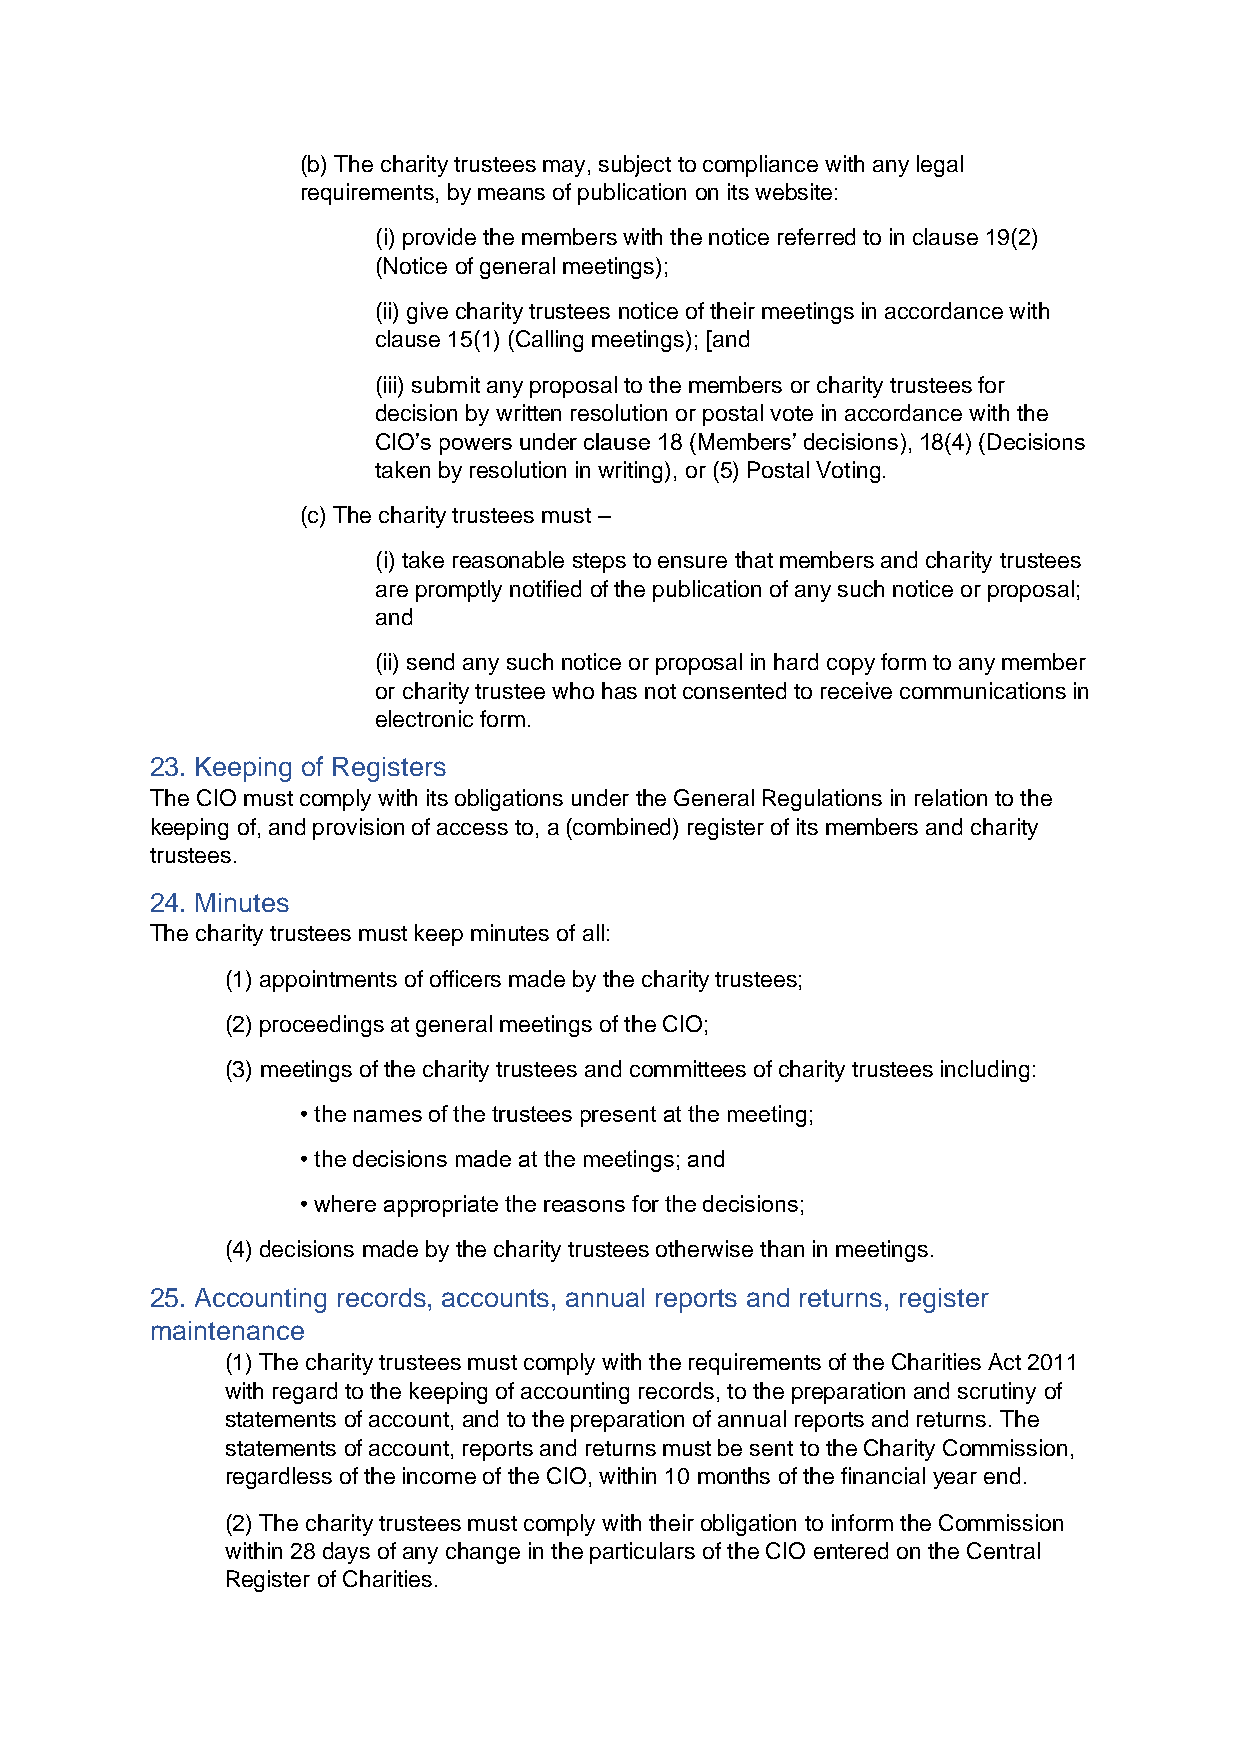
(b) The charity trustees may, subject to compliance with any legal
 requirements, by means of publication on its website:
 (i) provide the members with the notice referred to in clause 19(2)
 (Notice of general meetings);
 (ii) give charity trustees notice of their meetings in accordance with
 clause 15(1) (Calling meetings); [and
 (iii) submit any proposal to the members or charity trustees for
 decision by written resolution or postal vote in accordance with the
 CIO’s powers under clause 18 (Members’ decisions), 18(4) (Decisions
 taken by resolution in writing), or (5) Postal Voting.
 (c) The charity trustees must –
 (i) take reasonable steps to ensure that members and charity trustees
 are promptly notified of the publication of any such notice or proposal;
 and
 (ii) send any such notice or proposal in hard copy form to any member
 or charity trustee who has not consented to receive communications in
 electronic form.
 23. Keeping of Registers
 The CIO must comply with its obligations under the General Regulations in relation to the
 keeping of, and provision of access to, a (combined) register of its members and charity
 trustees.
 24. Minutes
 The charity trustees must keep minutes of all:
 (1) appointments of officers made by the charity trustees;
 (2) proceedings at general meetings of the CIO;
 (3) meetings of the charity trustees and committees of charity trustees including:
 • the names of the trustees present at the meeting;
 • the decisions made at the meetings; and
 • where appropriate the reasons for the decisions;
 (4) decisions made by the charity trustees otherwise than in meetings.
 25. Accounting records, accounts, annual reports and returns, register
 maintenance
 (1) The charity trustees must comply with the requirements of the Charities Act 2011
 with regard to the keeping of accounting records, to the preparation and scrutiny of
 statements of account, and to the preparation of annual reports and returns. The
 statements of account, reports and returns must be sent to the Charity Commission,
 regardless of the income of the CIO, within 10 months of the financial year end.
 (2) The charity trustees must comply with their obligation to inform the Commission
 within 28 days of any change in the particulars of the CIO entered on the Central
 Register of Charities.